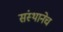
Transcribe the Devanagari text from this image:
संस्थानेच